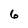
Character: 6